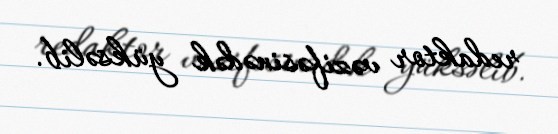
redaktor vəzifəsinədək yüksəlib.